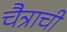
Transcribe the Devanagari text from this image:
चैत्राची